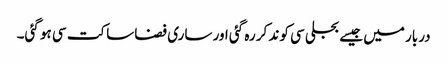
دربار میں جیسے بجلی سی کوند کر رہ گئی اور ساری فضا ساکت سی ہو گئی۔